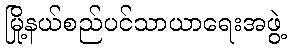
မြို့နယ်စည်ပင်သာယာရေးအဖွဲ့